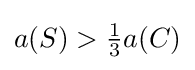
{\textstyle a(S)>{\frac {1}{3}}a(C)}